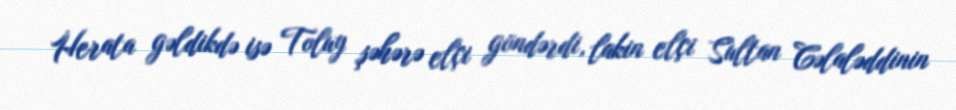
Herata gəldikdə isə Toluy şəhərə elçi göndərdi, lakin elçi Sultan Cəlaləddinin